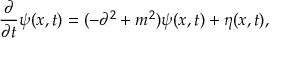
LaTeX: { \frac { \partial } { \partial t } } \psi ( x , t ) = ( - \partial ^ { 2 } + m ^ { 2 } ) \psi ( x , t ) + \eta ( x , t ) ,